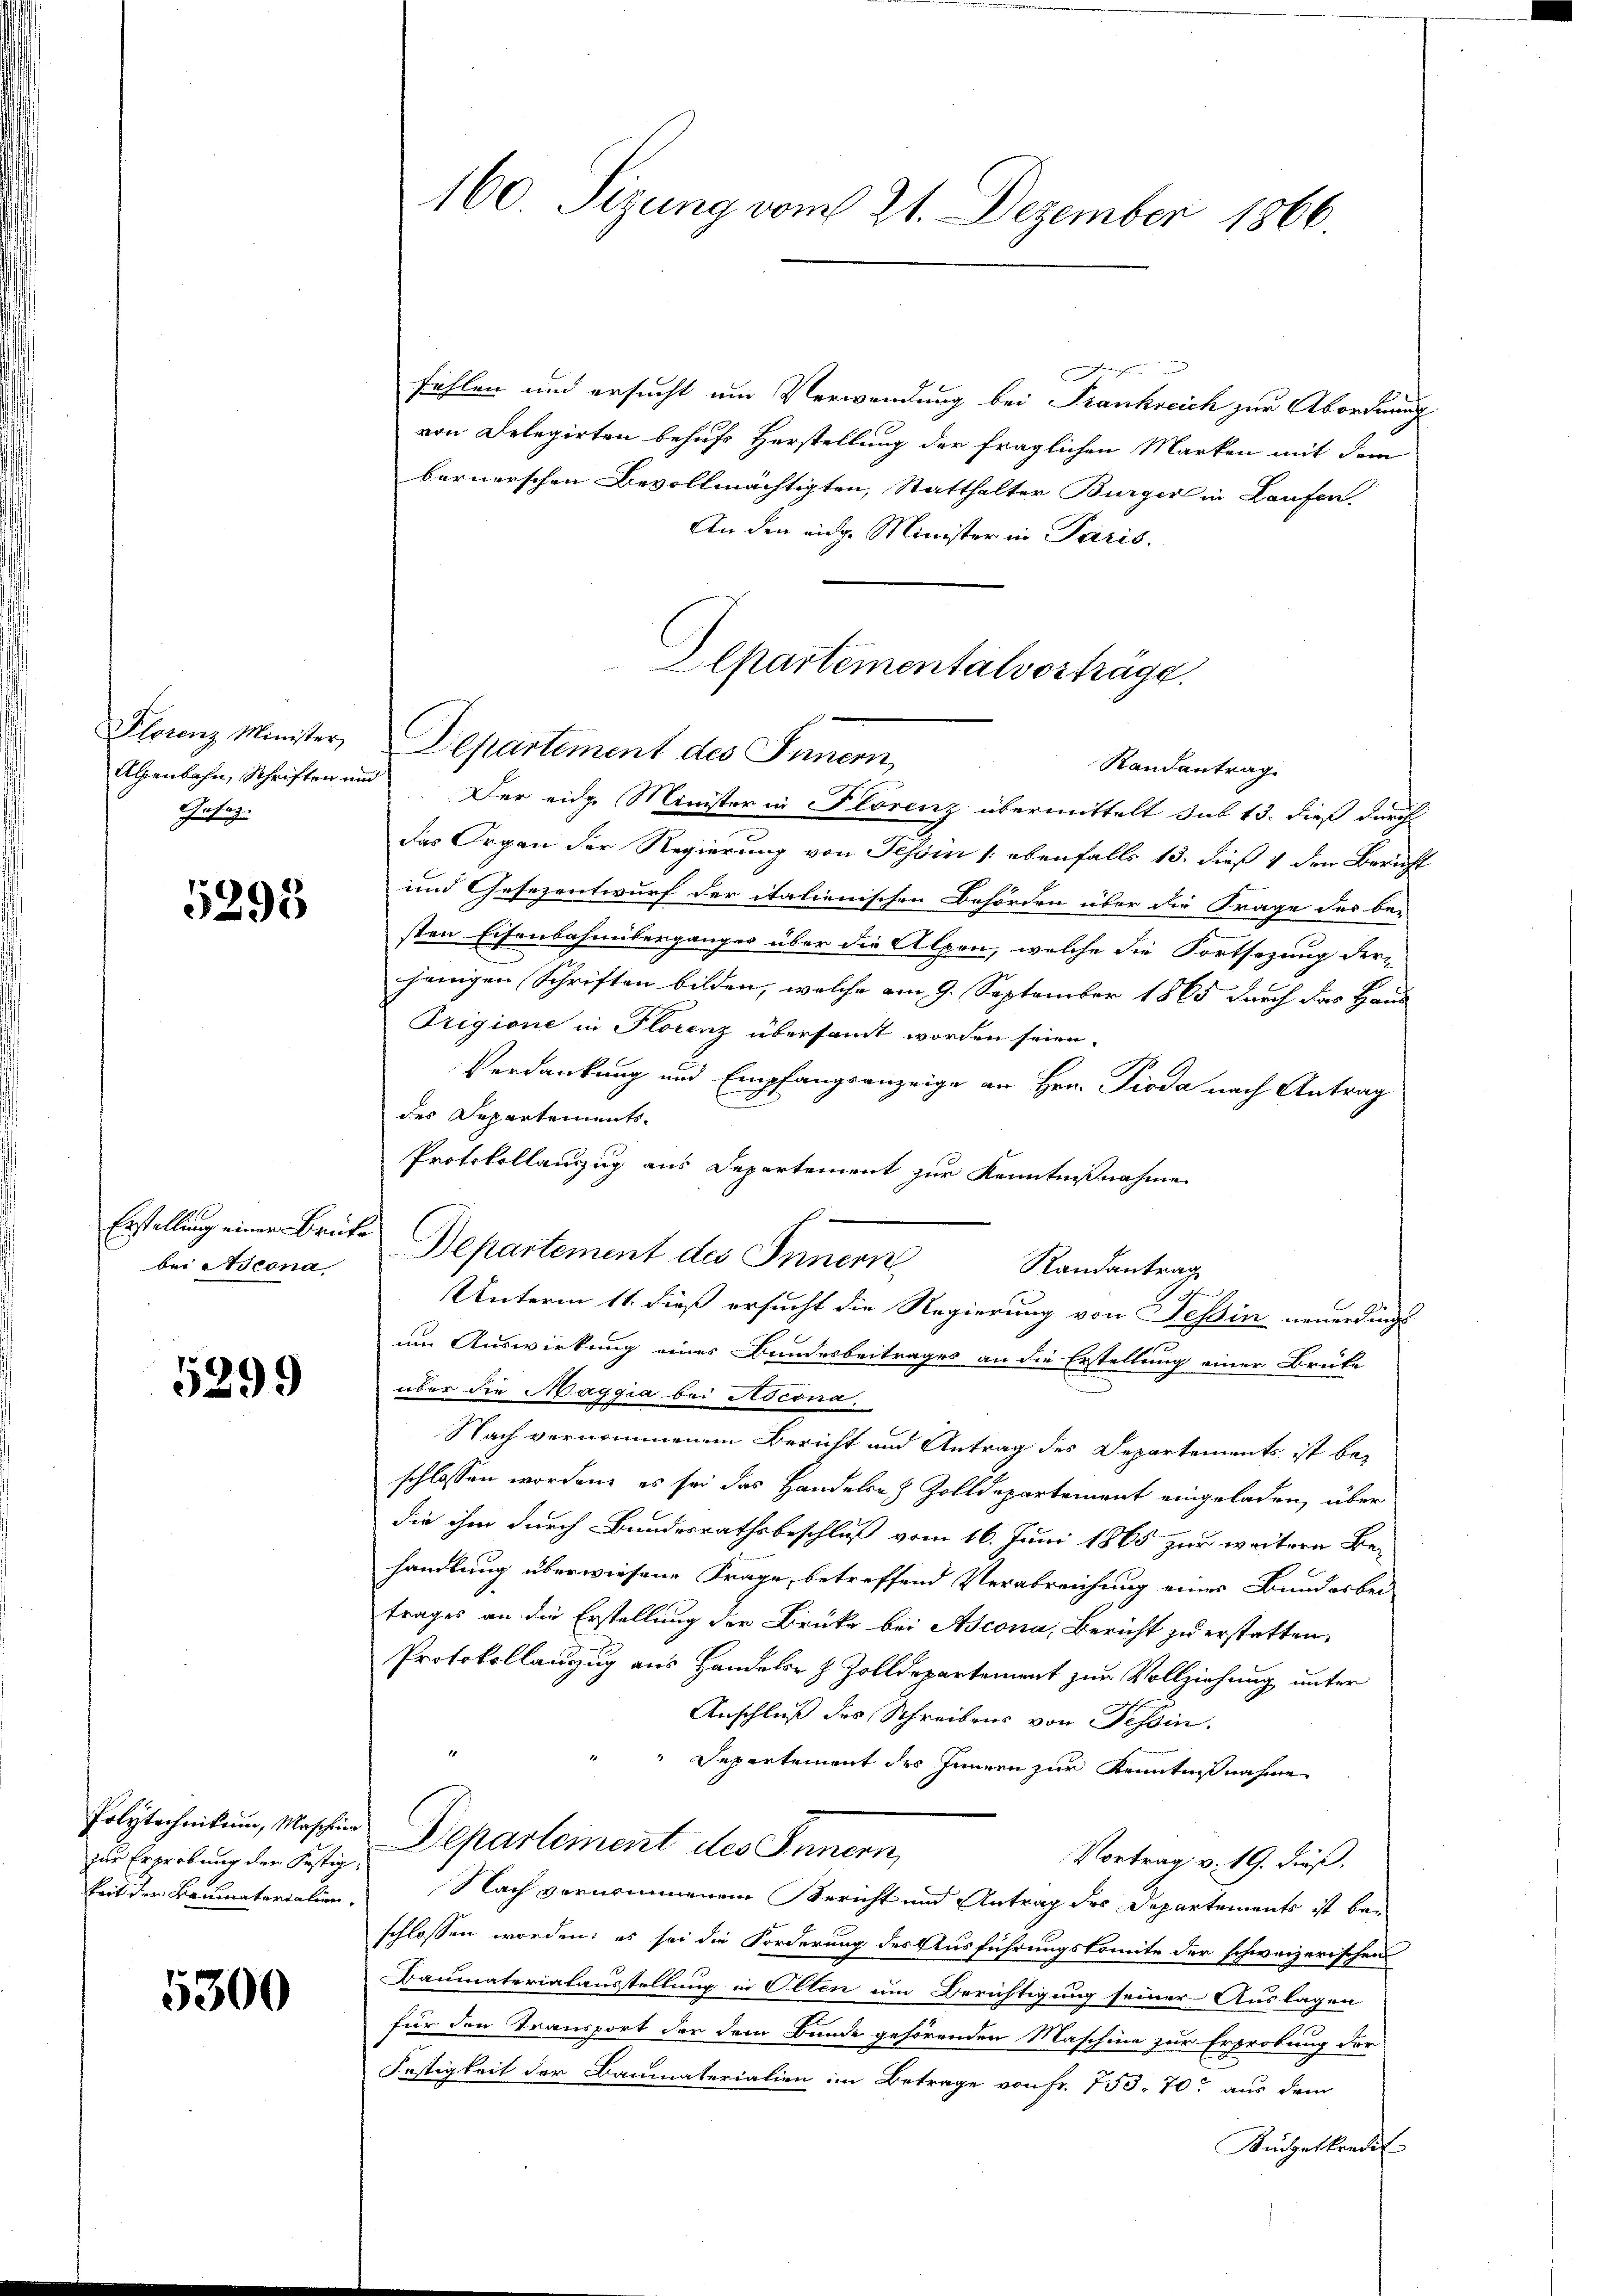
Plorenz Minister
Alenbahn, Schriften im
Gusag

5295

Erstellung einer Brüte
bei Ascona

5299

Polytechnikum, Maschina
zur Erprobung der Festig,
keit der Baumatoriation.

5300

fühlen und ersucht um Verwendung bei Frankreich zur Abordnung
von Delegirten behufs Herstellung der fraglichen Marken mit dem
bernerschen Bevollmächtigten, Statthalter Burger in Laufen.
An den eige Minister in Paris.
Alpartementalvorträge.

Departement des Innern,
Randantrag

160 Sizung vom 21. Dezember 1866

Der eidg. Minister in Florenz übermittelt sub 13. dieß durch
das Organ der Regierung von Tessin (ebenfalls 13. dieß 4 den Bericht
und Gesezentwurf der italienischen Behörden über die Frage des be-
sten Eisenbahnüberganges über die Alpen, welche die Fortsezung der-
jenigen Schriften bilden, welche am 9. September 1865 durch das Haus
Trigione in Florenz übersamt worden seien.
Verdankung und Empfangsanzeige an Hrn. Pioda nach Antrag
der Departemente.
Protokollauszug aus Departement zur Kenntnißnahme
Departement des Innern
um Auswirkung eines Bundesbeitrages an die Erstellung einer Brüke
über die Maggia bei Ascona.
Nach vernommenem Bericht und Antrag des Departements ist be-
schlossen worden, es sei das Handelrech Zolldepartement eingeladen, über
die ihm durch Bundesrathsbeschluß vom 16. Juni 1865 zur weitere Behandlung überwiesene Frage, betreffend Verabreichung einer Bunderbei
trages an die Erstellung der Brüke bei Ascona, Bericht zu erstatten,
Protokollanzug aus Handeler z. Zolldepartement zur Vollziehung unter
Anschluß des Schreibens von Tessin.
" Departement des Innern zur Kenntnißnahme
Departement des Innern,
Vortrag v. 19. dieß.
Nach vernommenen Bericht und Antrag des Departements ist beschlossen worden; es sei die Forderung des Ausführungskomite der schweizerischen
Baumaterialausstellung in Olten um Berichtigung seiner Auslagen
für den Transport der dem Bunde gehörenden Maschine zur Erprobung der
Festigkeit der Baumateriation im Betrage von Fr. 753. 70 aus dem
Küdgetkredit

Randantrag
1
Unterm 11. dieß ersucht die Regierung von Tessin neuerdings